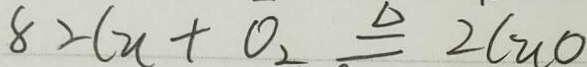
8 2 C u + O _ { 2 } \xlongequal { \Delta } 2 C u 0